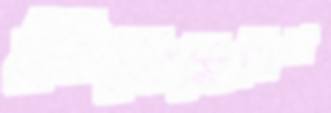
বিসিসিপির